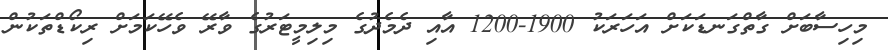
މިހިސާބަށް ގާތްގަނޑަކަށް އަހަރަކު 1900-1200 އާއި ދެމެދުގެ މިލިމީޓަރުގެ ވާރޭ ވެހޭކަމަށް ރިކޯޑްތަކުން